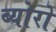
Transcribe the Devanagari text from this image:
ब्योरो